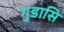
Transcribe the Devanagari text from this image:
गुडासि